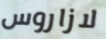
لازاروس